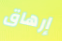
إرهاق